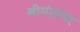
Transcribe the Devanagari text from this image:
श्रीमंतांवर